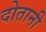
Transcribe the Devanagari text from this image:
दोतानी